Document type: Sale
Year: 1423
Scribe: Joan Franc
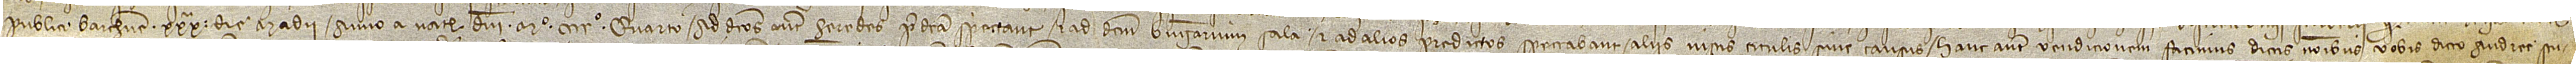
publici Barchinone, XXXª die madii, anno a Nativitate Domini Mº CCCCº quarto. Ad dictos autem heredes predicta spectant et ad dictum Berengarium Sala et ad alios predictos spectabant aliis iustis titulis sive causis. Hanc autem vendicionem facimus dictis nominibus vobis dicto Andree Scu-